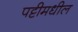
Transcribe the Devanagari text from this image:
पट्टीमधील